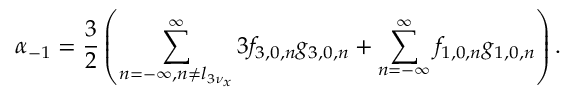
\displaystyle \alpha _ { - 1 } = \frac { 3 } { 2 } \left( \sum _ { n = - \infty , n \neq l _ { 3 \nu _ { x } } } ^ { \infty } { 3 f _ { 3 , 0 , n } g _ { 3 , 0 , n } } + \sum _ { n = - \infty } ^ { \infty } { f _ { 1 , 0 , n } g _ { 1 , 0 , n } } \right) .